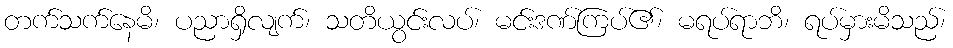
တက်သက်နေမိ၊ ပညာရှိလျက်၊ သတိယွင်းလပ်၊ မင်းဒဏ်ကြပ်၏၊ မရပ်ရာဘိ၊ ရပ်မှားမိသည်၊